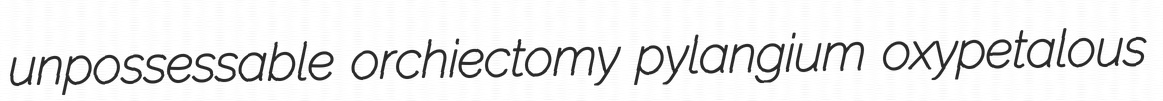
unpossessable orchiectomy pylangium oxypetalous